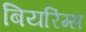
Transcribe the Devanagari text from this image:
बियरिंग्स